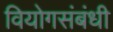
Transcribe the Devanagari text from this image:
वियोगसंबंधी